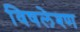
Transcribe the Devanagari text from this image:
विषलेश्ण